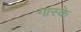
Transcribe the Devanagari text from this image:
गास्के